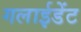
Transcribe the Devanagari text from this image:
गलाईडेंट